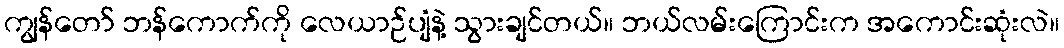
ကျွန်တော် ဘန်ကောက်ကို လေယာဉ်ပျံနဲ့ သွားချင်တယ်။ ဘယ်လမ်းကြောင်းက အကောင်းဆုံးလဲ။